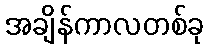
အချိန်ကာလတစ်ခု